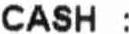
CASH :